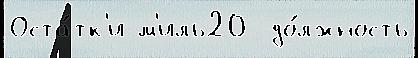
Оста́тк'и м'иль20  до́лжность